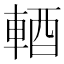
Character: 輏